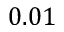
0 . 0 1